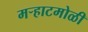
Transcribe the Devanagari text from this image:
मऱ्हाटमोळी